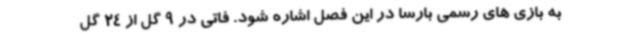
به بازی های رسمی بارسا در این فصل اشاره شود. فاتی در 9 گل از 24 گل